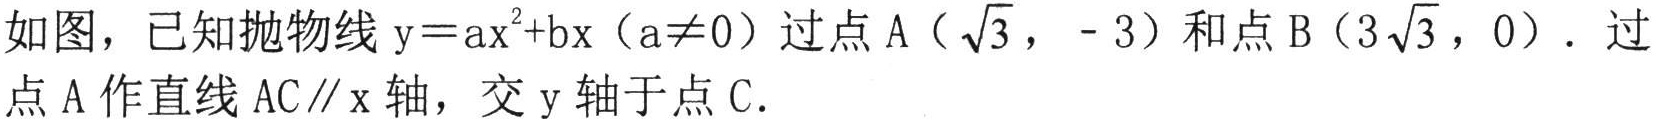
如图，已知抛物线 \(y = ax^{2}+bx\)（\(a\neq0\)）过点 \(A(\sqrt{3}, - 3)\) 和点 \(B(3\sqrt{3}, 0)\)．过点 \(A\) 作直线 \(AC\parallel x\) 轴，交 \(y\) 轴于点 \(C\)．